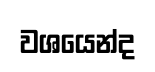
වශයෙන්ද